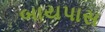
બાયપાસ